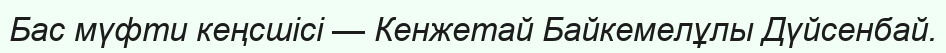
Бас мүфти кеңсшісі — Кенжетай Байкемелұлы Дүйсенбай.